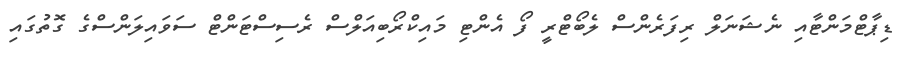
ޑިޕާޓްމަންޓާއި ނެޝަނަލް ރިފަރެންސް ލެބޯޓްރީ ފޯ އެންޓި މައިކްރޯބިއަލްސް ރެސިސްޓަންޓް ސަވައިލަންސްގެ ގޮތުގައި